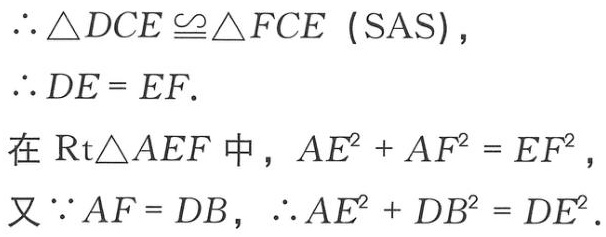
\(\therefore \triangle DCE\cong\triangle FCE\ (\text{SAS})\)，
\(\therefore DE = EF.\)
在\(\text{Rt}\triangle AEF\)中，\(AE^{2}+AF^{2}=EF^{2}\)，
又\(\because AF = DB\)，\(\therefore AE^{2}+DB^{2}=DE^{2}\).